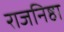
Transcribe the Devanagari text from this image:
राजनिष्ठा